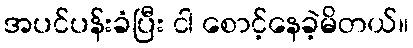
အပင်ပန်းခံပြီး ငါ စောင့်နေခဲ့မိတယ်။